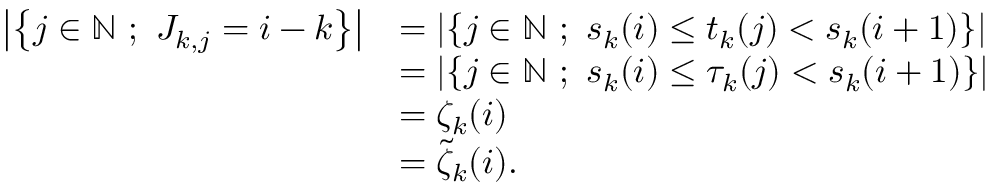
\begin{array} { r l } { \left| \left\{ j \in { \mathbb { N } } \ ; \ J _ { k , j } = i - k \right\} \right| } & { = \left| \left\{ j \in { \mathbb { N } } \ ; \ s _ { k } ( i ) \le t _ { k } ( j ) < s _ { k } ( i + 1 ) \right\} \right| } \\ & { = \left| \left\{ j \in { \mathbb { N } } \ ; \ s _ { k } ( i ) \le \tau _ { k } ( j ) < s _ { k } ( i + 1 ) \right\} \right| } \\ & { = \zeta _ { k } ( i ) } \\ & { = \tilde { \zeta } _ { k } ( i ) . } \end{array}